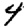
Digit: 4